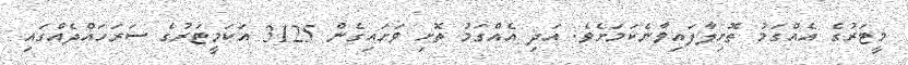
މީޓަރުގެ އެއްގަމު ތޮށިލާފައިވާނެކަމަށެވެ. އަދި އެއްގަމު ތޮށި ވަށައިގެން 3125 އަކަމީޓަރުގެ ސަރަހައްދެއްގައި